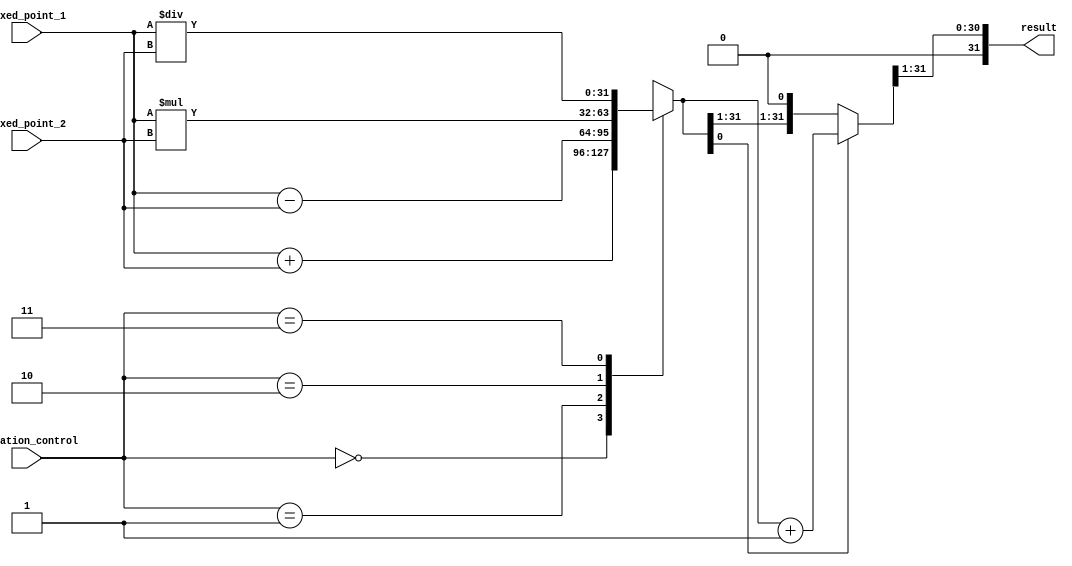
module Fixed_point_rounding_unit(
    input [31:0] fixed_point_1,
    input [31:0] fixed_point_2,
    input [1:0] operation_control,
    output reg [31:0] result
);

always @(*) begin
    case(operation_control)
        2'b00: result = fixed_point_1 + fixed_point_2; // Addition operation
        2'b01: result = fixed_point_1 - fixed_point_2; // Subtraction operation
        2'b10: result = fixed_point_1 * fixed_point_2; // Multiplication operation
        2'b11: result = fixed_point_1 / fixed_point_2; // Division operation
    endcase
    
    // Rounding logic to nearest integer
    if(result[0] == 1) // Check if LSB is 1
        result = result + 1; // Round up
    result = result >> 1; // Remove fractional part
end

endmodule